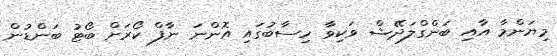
މިޔަންމާ އާއި ބަންގްލަދޭޝް ވަކިވާ ހިސާބުގައި އޮންނަ ނާފް ކޯރަށް ބޯޓު ބަންޑުން